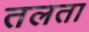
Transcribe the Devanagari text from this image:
तलता